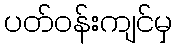
ပတ်ဝန်းကျင်မှ